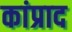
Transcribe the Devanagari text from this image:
कांप्राद